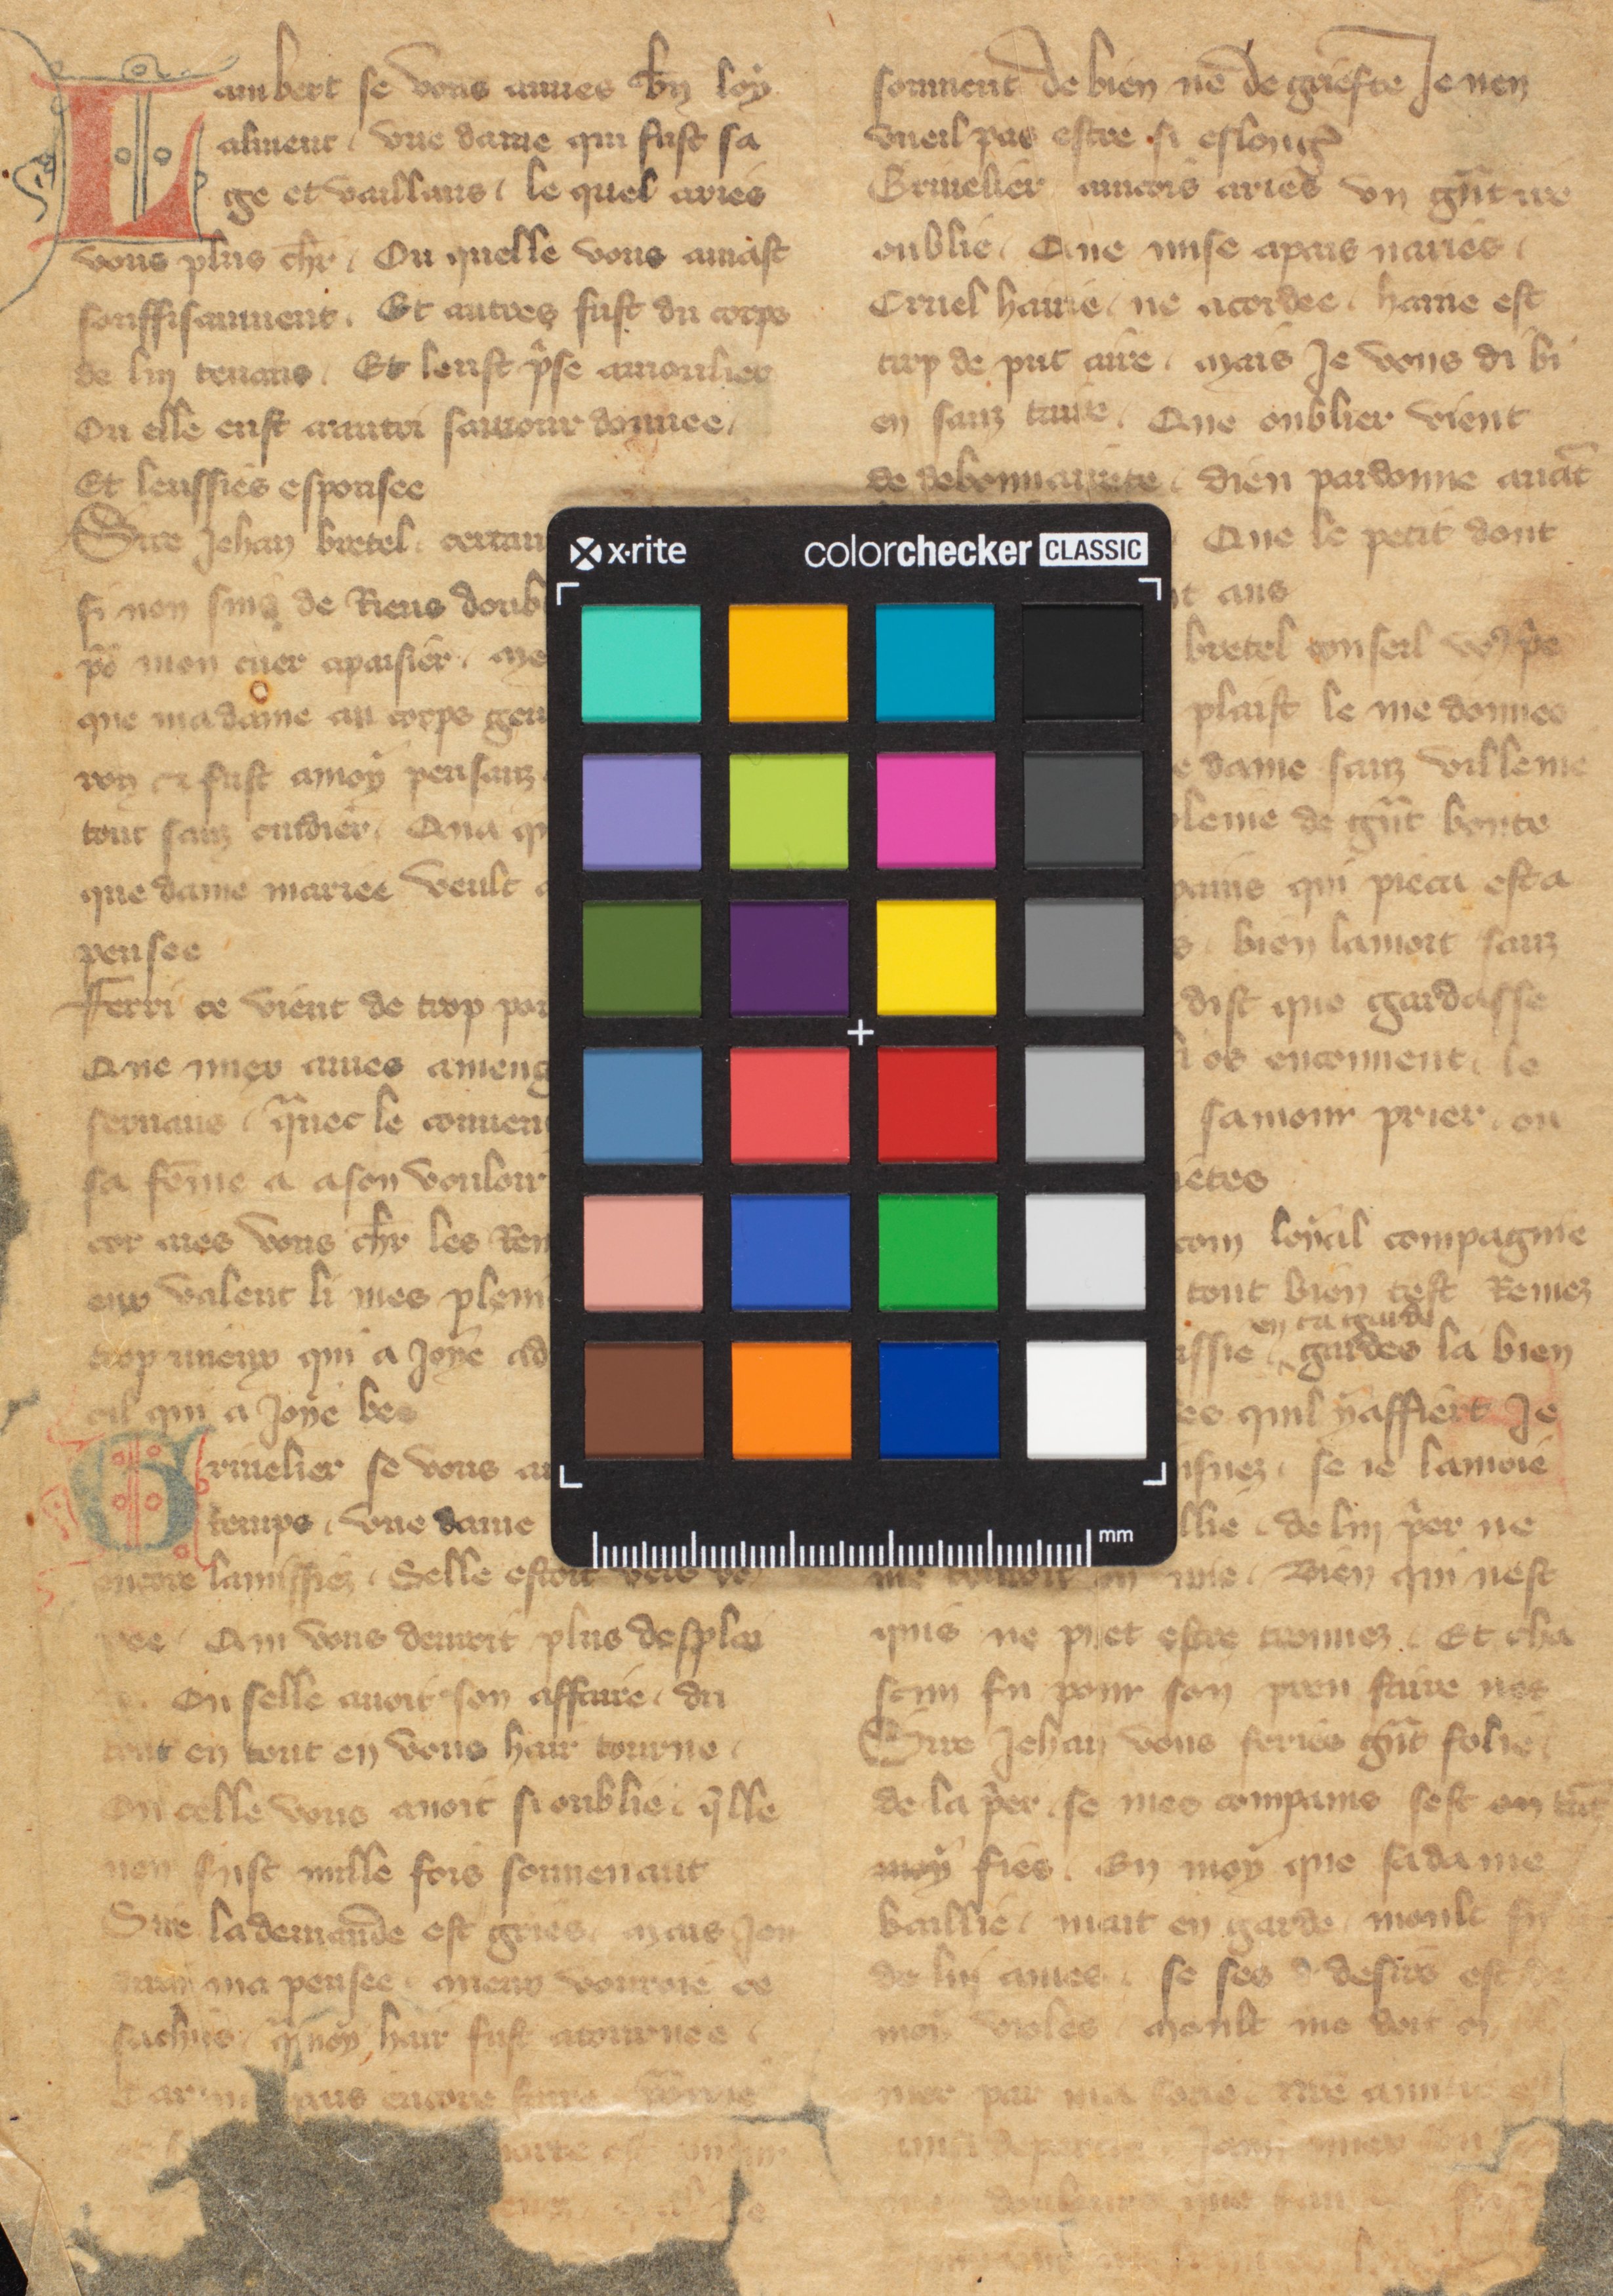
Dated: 1355–1395